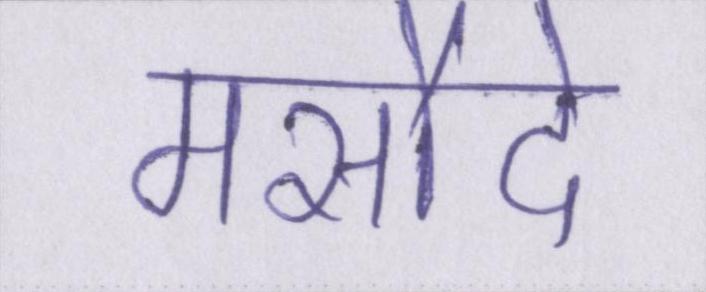
मसौदे